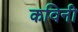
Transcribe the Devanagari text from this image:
कविनी